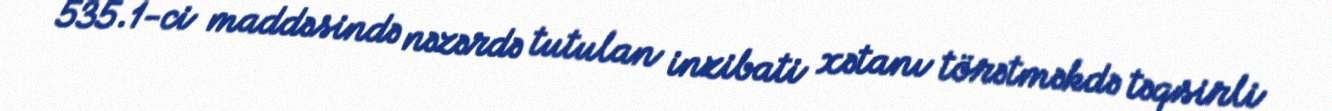
535.1-ci maddəsində nəzərdə tutulan inzibati xətanı törətməkdə təqsirli